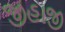
જીહાજી